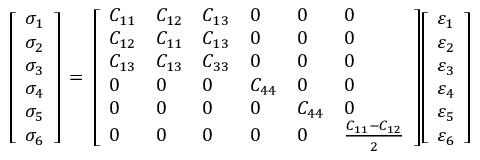
{ \left[ \begin{array} { l } { \sigma _ { 1 } } \\ { \sigma _ { 2 } } \\ { \sigma _ { 3 } } \\ { \sigma _ { 4 } } \\ { \sigma _ { 5 } } \\ { \sigma _ { 6 } } \end{array} \right] } \, = \, { \left[ \begin{array} { l l l l l l } { C _ { 1 1 } } & { C _ { 1 2 } } & { C _ { 1 3 } } & { 0 } & { 0 } & { 0 } \\ { C _ { 1 2 } } & { C _ { 1 1 } } & { C _ { 1 3 } } & { 0 } & { 0 } & { 0 } \\ { C _ { 1 3 } } & { C _ { 1 3 } } & { C _ { 3 3 } } & { 0 } & { 0 } & { 0 } \\ { 0 } & { 0 } & { 0 } & { C _ { 4 4 } } & { 0 } & { 0 } \\ { 0 } & { 0 } & { 0 } & { 0 } & { C _ { 4 4 } } & { 0 } \\ { 0 } & { 0 } & { 0 } & { 0 } & { 0 } & { { \frac { C _ { 1 1 } - C _ { 1 2 } } { 2 } } } \end{array} \right] } { \left[ \begin{array} { l } { \varepsilon _ { 1 } } \\ { \varepsilon _ { 2 } } \\ { \varepsilon _ { 3 } } \\ { \varepsilon _ { 4 } } \\ { \varepsilon _ { 5 } } \\ { \varepsilon _ { 6 } } \end{array} \right] }